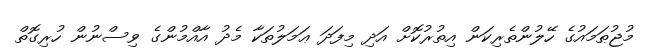
މުޖުޠަމައުގެ ހޭލުންތެރިކަން އިތުރުކޮށް އަދި މިފަދަ ޢަމަލުތަކާ މެދު އާއްމުންގެ ވިސްނުން ހުރިގޮތް